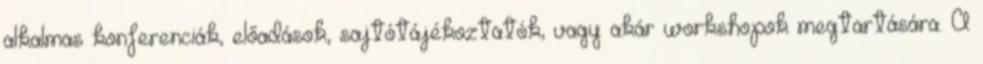
alkalmas konferenciák, előadások, sajtótájékoztatók, vagy akár workshopok megtartására. A